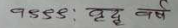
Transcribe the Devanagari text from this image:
१९९९: वृद्ध वर्ष